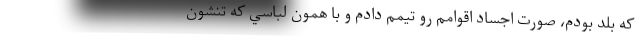
كه بلد بودم، صورت اجساد اقوامم رو تيمم دادم و با همون لباسي كه تنشون